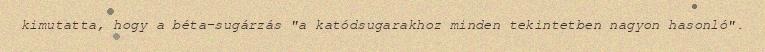
kimutatta, hogy a béta-sugárzás "a katódsugarakhoz minden tekintetben nagyon hasonló".